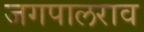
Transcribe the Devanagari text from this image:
जगपालराव